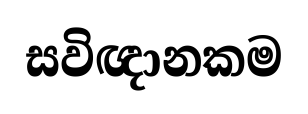
සවිඥානකම